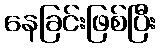
နေခြင်းဖြစ်ပြီး